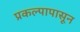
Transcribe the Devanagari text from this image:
प्रकल्पापासून